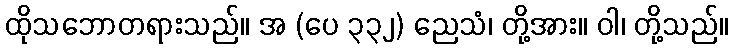
ထိုသဘောတရားသည်။ အ (ပေ ၃၃၂) ညေသံ၊ တို့အား။ ဝါ၊ တို့သည်။